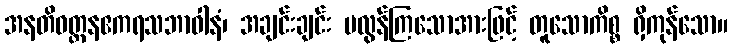
အနတိဝတ္တနဧကရသဘာဝါနံ၊ အချင်းချင်း မလွန်ကြသောအားဖြင့် တူသောကိစ္စ ရှိကုန်သော။